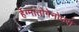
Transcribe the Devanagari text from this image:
र्हेग्मातोगेनोउस